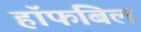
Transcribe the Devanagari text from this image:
हॉफबिल